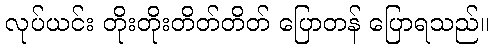
လုပ်ယင်း တိုးတိုးတိတ်တိတ် ပြောတန် ပြောရသည်။